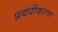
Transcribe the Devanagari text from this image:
प्रबंधीकरण